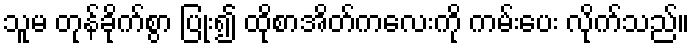
သူမ တုန်ခိုက်စွာ ပြုံး၍ ထိုစာအိတ်ကလေးကို ကမ်းပေး လိုက်သည်။